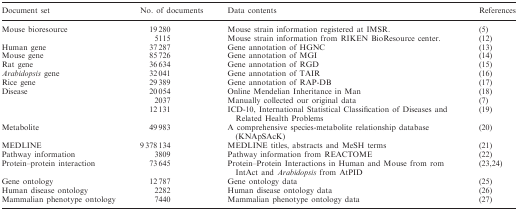
<table><thead><tr><td><b>Document set</b></td><td><b>No. of documents</b></td><td><b>Data contents</b></td><td><b>References</b></td></tr></thead><tbody><tr><td rowspan="2">Mouse bioresource</td><td>19 280</td><td>Mouse strain information registered at IMSR.</td><td>(5)</td></tr><tr><td>5115</td><td>Mouse strain information from RIKEN BioResource center.</td><td>(12)</td></tr><tr><td>Human gene</td><td>37 287</td><td>Gene annotation of HGNC</td><td>(13)</td></tr><tr><td>Mouse gene</td><td>85 726</td><td>Gene annotation of MGI</td><td>(14)</td></tr><tr><td>Rat gene</td><td>36 634</td><td>Gene annotation of RGD</td><td>(15)</td></tr><tr><td><i>Arabidopsis</i> gene</td><td>32 041</td><td>Gene annotation of TAIR</td><td>(16)</td></tr><tr><td>Rice gene</td><td>29 389</td><td>Gene annotation of RAP-DB</td><td>(17)</td></tr><tr><td rowspan="3">Disease</td><td>20 054</td><td>Online Mendelian Inheritance in Man</td><td>(18)</td></tr><tr><td>2037</td><td>Manually collected our original data</td><td>(7)</td></tr><tr><td>12 131</td><td>ICD-10, International Statistical Classification of Diseases and Related Health Problems</td><td>(19)</td></tr><tr><td>Metabolite</td><td>49 983</td><td>A comprehensive species-metabolite relationship database (KNApSAcK)</td><td>(20)</td></tr><tr><td>MEDLINE</td><td>9 378 134</td><td>MEDLINE titles, abstracts and MeSH terms</td><td>(21)</td></tr><tr><td>Pathway information</td><td>3809</td><td>Pathway information from REACTOME</td><td>(22)</td></tr><tr><td>Protein–protein interaction</td><td>73 645</td><td>Protein–Protein Interactions in Human and Mouse from rom IntAct and <i>Arabidopsis</i> from AtPID</td><td>(23,24)</td></tr><tr><td>Gene ontology</td><td>12 787</td><td>Gene ontology data</td><td>(25)</td></tr><tr><td>Human disease ontology</td><td>2282</td><td>Human disease ontology data</td><td>(26)</td></tr><tr><td>Mammalian phenotype ontology</td><td>7440</td><td>Mammalian phenotype ontology data</td><td>(27)</td></tr></tbody></table>